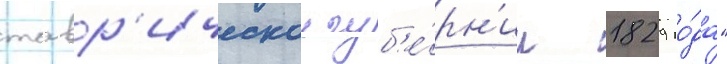
тавр'ическои губ'е́рн'ии 1829 го́да"